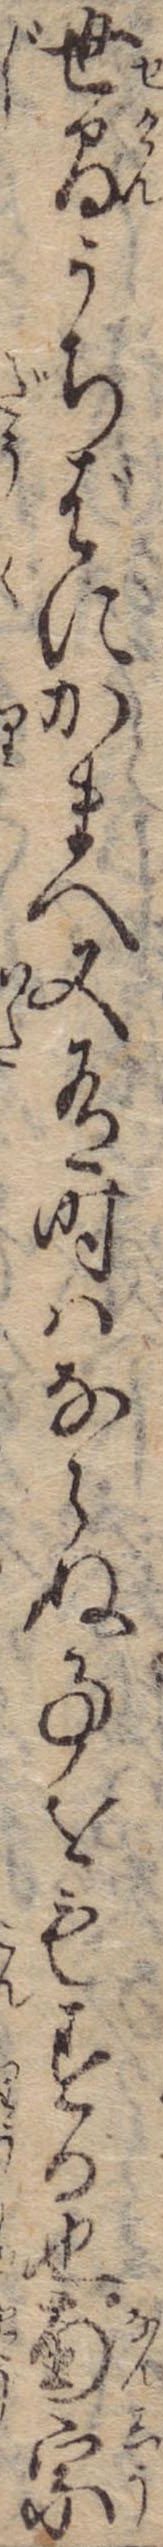
世間うちばにかまへ又有時はならぬ事をもする也南宗